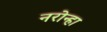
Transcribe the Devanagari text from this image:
नरोन्हा